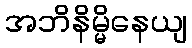
အဘိနိမ္မိနေယျ